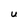
Character: U